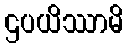
ဌပယိဿာမိ